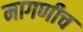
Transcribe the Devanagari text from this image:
मागणीच